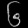
Digit: ၆